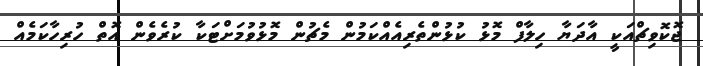
ޖޮކޮވިޗްއަކީ އާދަޔާ ހިލާފް މޮޅު ކުޅުންތެރިއެއްކަމުން މެޗުން މޮޅުވުމަށްޓަކާ ކުރެވެން އޮތް ހުރިހާކަމެއް